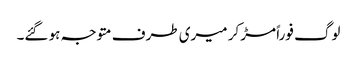
لوگ فوراً مڑ کر میری طرف متوجہ ہو گئے۔